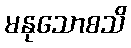
မနုသောစသိ